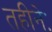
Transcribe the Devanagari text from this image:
तहीनेः